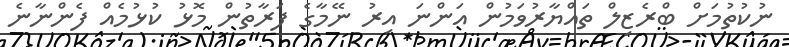
ނުކުތުމަށް ބްރެޒިލް ތައްޔާރުވަމުން އަންނަ އިރު ނޭމާގެ ފަރާތުން މޮޅު ކުޅުމެއް ފެންނާނެ